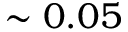
\sim 0 . 0 5